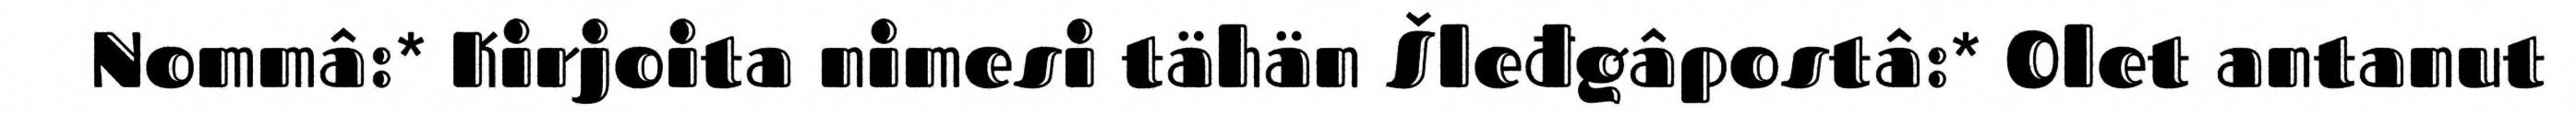
Nommâ:* Kirjoita nimesi tähän Šleđgâpostâ:* Olet antanut